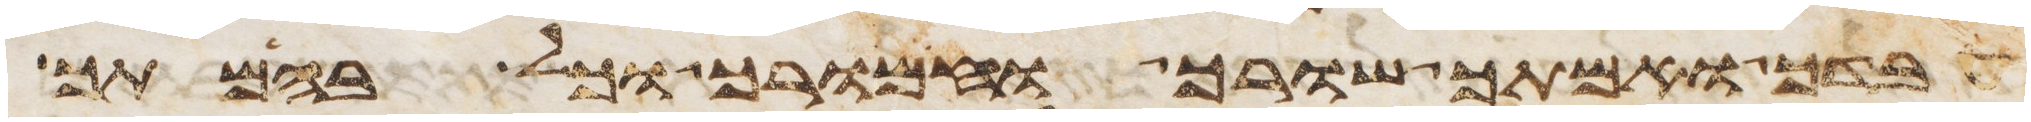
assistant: עבדך ואמתך שורך וחמורך וכל בהמתך